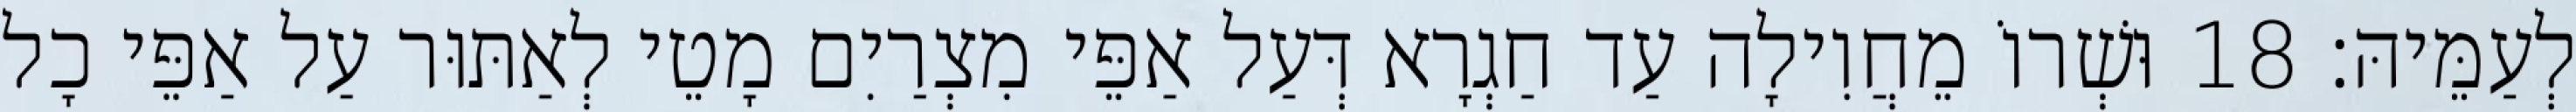
לְעַמֵּיהּ׃ 18 וּשְׁרוֹ מֵחֲוִילָה עַד חַגְרָא דְּעַל אַפֵּי מִצְרַיִם מָטֵי לְאַתּוּר עַל אַפֵּי כָל